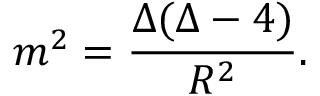
m ^ { 2 } = \frac { \Delta ( \Delta - 4 ) } { R ^ { 2 } } .